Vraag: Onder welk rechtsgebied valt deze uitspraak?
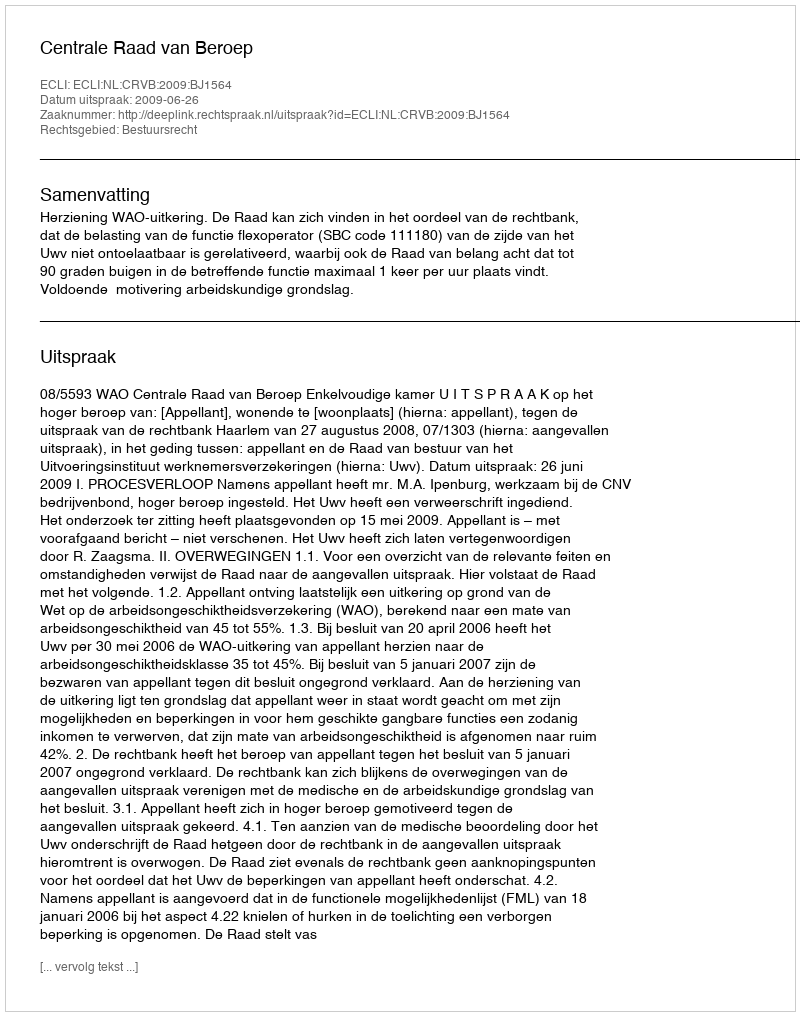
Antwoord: Bestuursrecht